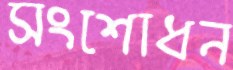
সংশোধন